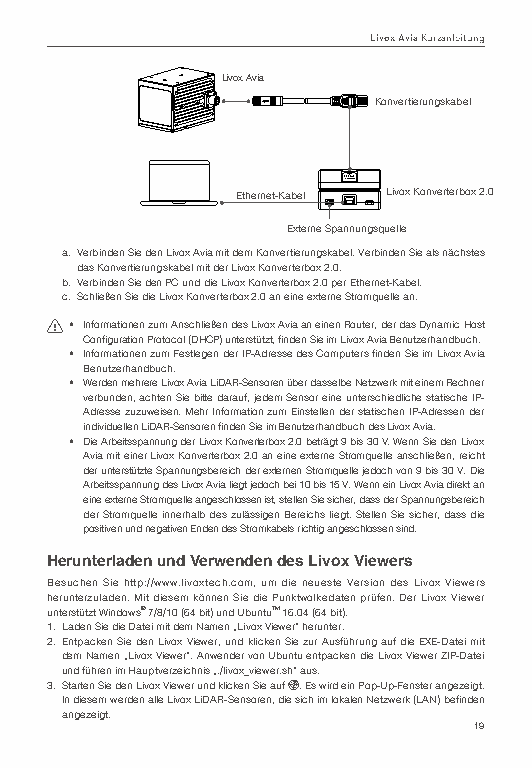
Livox Avia Kurzanleitung
 Livox Avia
 Konvertierungskabel
 Ethernet-Kabel Livox Konverterbox 2.0
 Externe Spannungsquelle
 a. Verbinden Sie den Livox Avia mit dem Konvertierungskabel. Verbinden Sie als nächstes
 das Konvertierungskabel mit der Livox Konverterbox 2.0.
 b. Verbinden Sie den PC und die Livox Konverterbox 2.0 per Ethernet-Kabel.
 c. Schließen Sie die Livox Konverterbox 2.0 an eine externe Stromquelle an.
 • Informationen zum Anschließen des Livox Avia an einen Router, der das Dynamic Host
 Configuration Protocol (DHCP) unterstützt, finden Sie im Livox Avia Benutzerhandbuch.
 • Informationen zum Festlegen der IP-Adresse des Computers finden Sie im Livox Avia
 Benutzerhandbuch.
 • Werden mehrere Livox Avia LiDAR-Sensoren über dasselbe Netzwerk mit einem Rechner
 verbunden, achten Sie bitte darauf, jedem Sensor eine unterschiedliche statische IP-
 Adresse zuzuweisen. Mehr Information zum Einstellen der statischen IP-Adressen der
 individuellen LiDAR-Sensoren finden Sie im Benutzerhandbuch des Livox Avia.
 • Die Arbeitsspannung der Livox Konverterbox 2.0 beträgt 9 bis 30 V. Wenn Sie den Livox
 Avia mit einer Livox Konverterbox 2.0 an eine externe Stromquelle anschließen, reicht
 der unterstützte Spannungsbereich der externen Stromquelle jedoch von 9 bis 30 V. Die
 Arbeitsspannung des Livox Avia liegt jedoch bei 10 bis 15 V. Wenn ein Livox Avia direkt an
 eine externe Stromquelle angeschlossen ist, stellen Sie sicher, dass der Spannungsbereich
 der Stromquelle innerhalb des zulässigen Bereichs liegt. Stellen Sie sicher, dass die
 positiven und negativen Enden des Stromkabels richtig angeschlossen sind.
 Herunterladen und Verwenden des Livox Viewers
 Besuchen Sie http://www.livoxtech.com, um die neueste Version des Livox Viewers
 herunterzuladen. Mit diesem können Sie die Punktwolkedaten prüfen. Der Livox Viewer
 unterstützt Windows® 7/8/10 (64 bit) und UbuntuTM 16.04 (64 bit).
 1. Laden Sie die Datei mit dem Namen „Livox Viewer“ herunter.
 2. Entpacken Sie den Livox Viewer, und klicken Sie zur Ausführung auf die EXE-Datei mit
 dem Namen „Livox Viewer“. Anwender von Ubuntu entpacken die Livox Viewer ZIP-Datei
 und führen im Hauptverzeichnis „./livox_viewer.sh“ aus.
 3. Starten Sie den Livox Viewer und klicken Sie auf . Es wird ein Pop-Up-Fenster angezeigt.
 In diesem werden alle Livox LiDAR-Sensoren, die sich im lokalen Netzwerk (LAN) befinden
 angezeigt.
 19